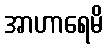
အာဟာရေမိ